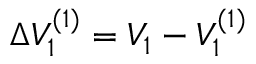
\Delta V _ { 1 } ^ { ( 1 ) } = { V _ { 1 } } - V _ { 1 } ^ { ( 1 ) }